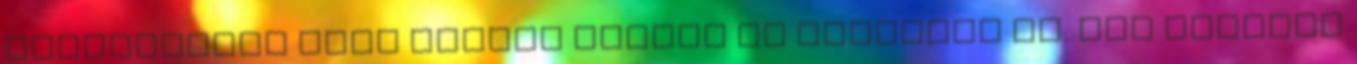
kondenzátor több helyet foglal és nehezebb is. Egy levélíó